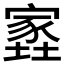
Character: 𡑫